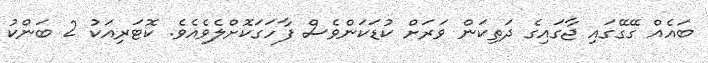
ބައެއް ގޭގޭގައި ޖާގައިގެ ދަތިކަން ވަރަށް ކުޑަކަންވެސް ފާހަގަކޮށްލެވެއެވެ. ކޮޓަރިއަކު 2 ބަންކު